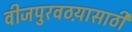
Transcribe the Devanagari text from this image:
वीजपुरवठय़ासाठी